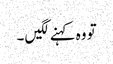
تو وہ کہنے لگیں ۔